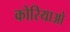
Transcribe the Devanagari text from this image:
कोरियाओ